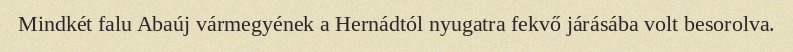
Mindkét falu Abaúj vármegyének a Hernádtól nyugatra fekvő járásába volt besorolva.